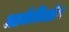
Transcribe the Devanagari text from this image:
आर्कबिशोप